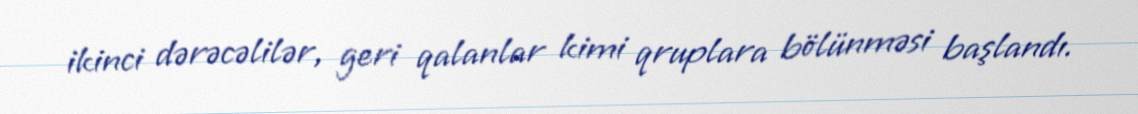
ikinci dərəcəlilər, geri qalanlar kimi qruplara bölünməsi başlandı.